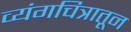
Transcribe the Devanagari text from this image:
व्यंगचित्रातून